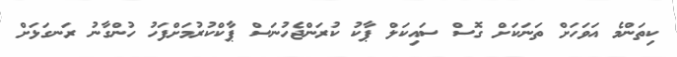
ކިތަންމެ އަވަހަށް ތަނަކަށް ގޮސް ސައިކަލް ޕާކު ކުރަންޖެހުނަސް ޕާކްކުރުމަށްފަހު ހުންގާނު ރަނގަޅަށް